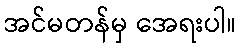
အင်မတန်မှ အေရးပါ။